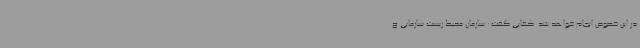
در این خصوص انجام خواهد شد. کفایی گفت: سازمان محیط زیست سازمانی ح